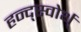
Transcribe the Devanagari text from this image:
हन्द्स्वोर्थ्